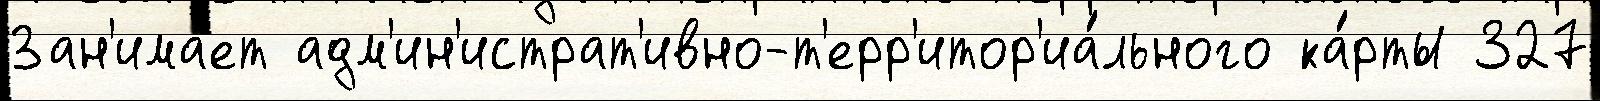
Зан'има́ет адм'ин'истрат'ивно-т'ерр'итор'иа́льного ка́рты 327